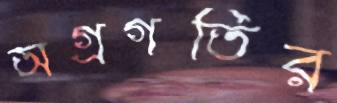
অগ্রগতির